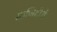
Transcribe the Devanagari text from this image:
माजिदीचे